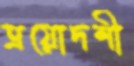
ত্রয়োদশী